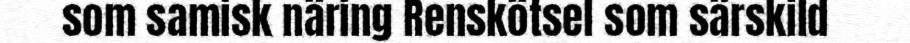
som samisk näring Renskötsel som särskild